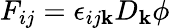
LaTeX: F_{ij}=\epsilon_{ij\mathbf{k}}D_{\mathbf{k}}\phi